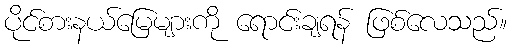
ပိုင်စားနယ်မြေများကို ရောင်းချရန် ဖြစ်လေသည်။